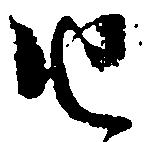
由